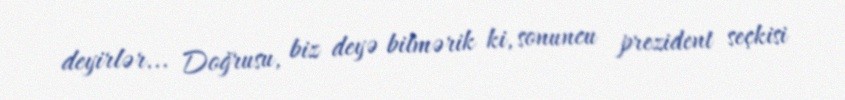
deyirlər... Doğrusu, biz deyə bilmərik ki, sonuncu prezident seçkisi